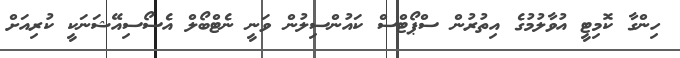
ހިންގާ ކޮމިޓީ އުވާލުމުގެ އިތުރުން ސްޕޯޓްސް ކައުންސިލުން ވަނީ ނެޓްބޯލް އެސޯސިއޭޝަނަކީ ކުރިއަށް